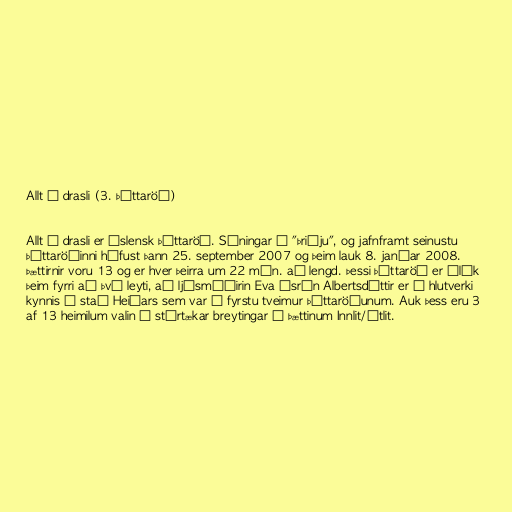
Allt í drasli (3. þáttaröð)

Allt í drasli er íslensk þáttaröð. Sýningar á "þriðju", og jafnframt seinustu
þáttaröðinni hófust þann 25. september 2007 og þeim lauk 8. janúar 2008.
Þættirnir voru 13 og er hver þeirra um 22 mín. að lengd. Þessi þáttaröð er ólík
þeim fyrri að því leyti, að ljósmóðirin Eva Ásrún Albertsdóttir er í hlutverki
kynnis í stað Heiðars sem var í fyrstu tveimur þáttaröðunum. Auk þess eru 3
af 13 heimilum valin í stórtækar breytingar í þættinum Innlit/útlit.